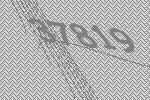
37819